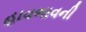
હાવભાવની